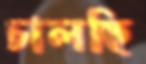
চালছি